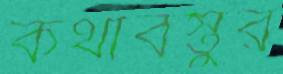
কথাবস্তুর